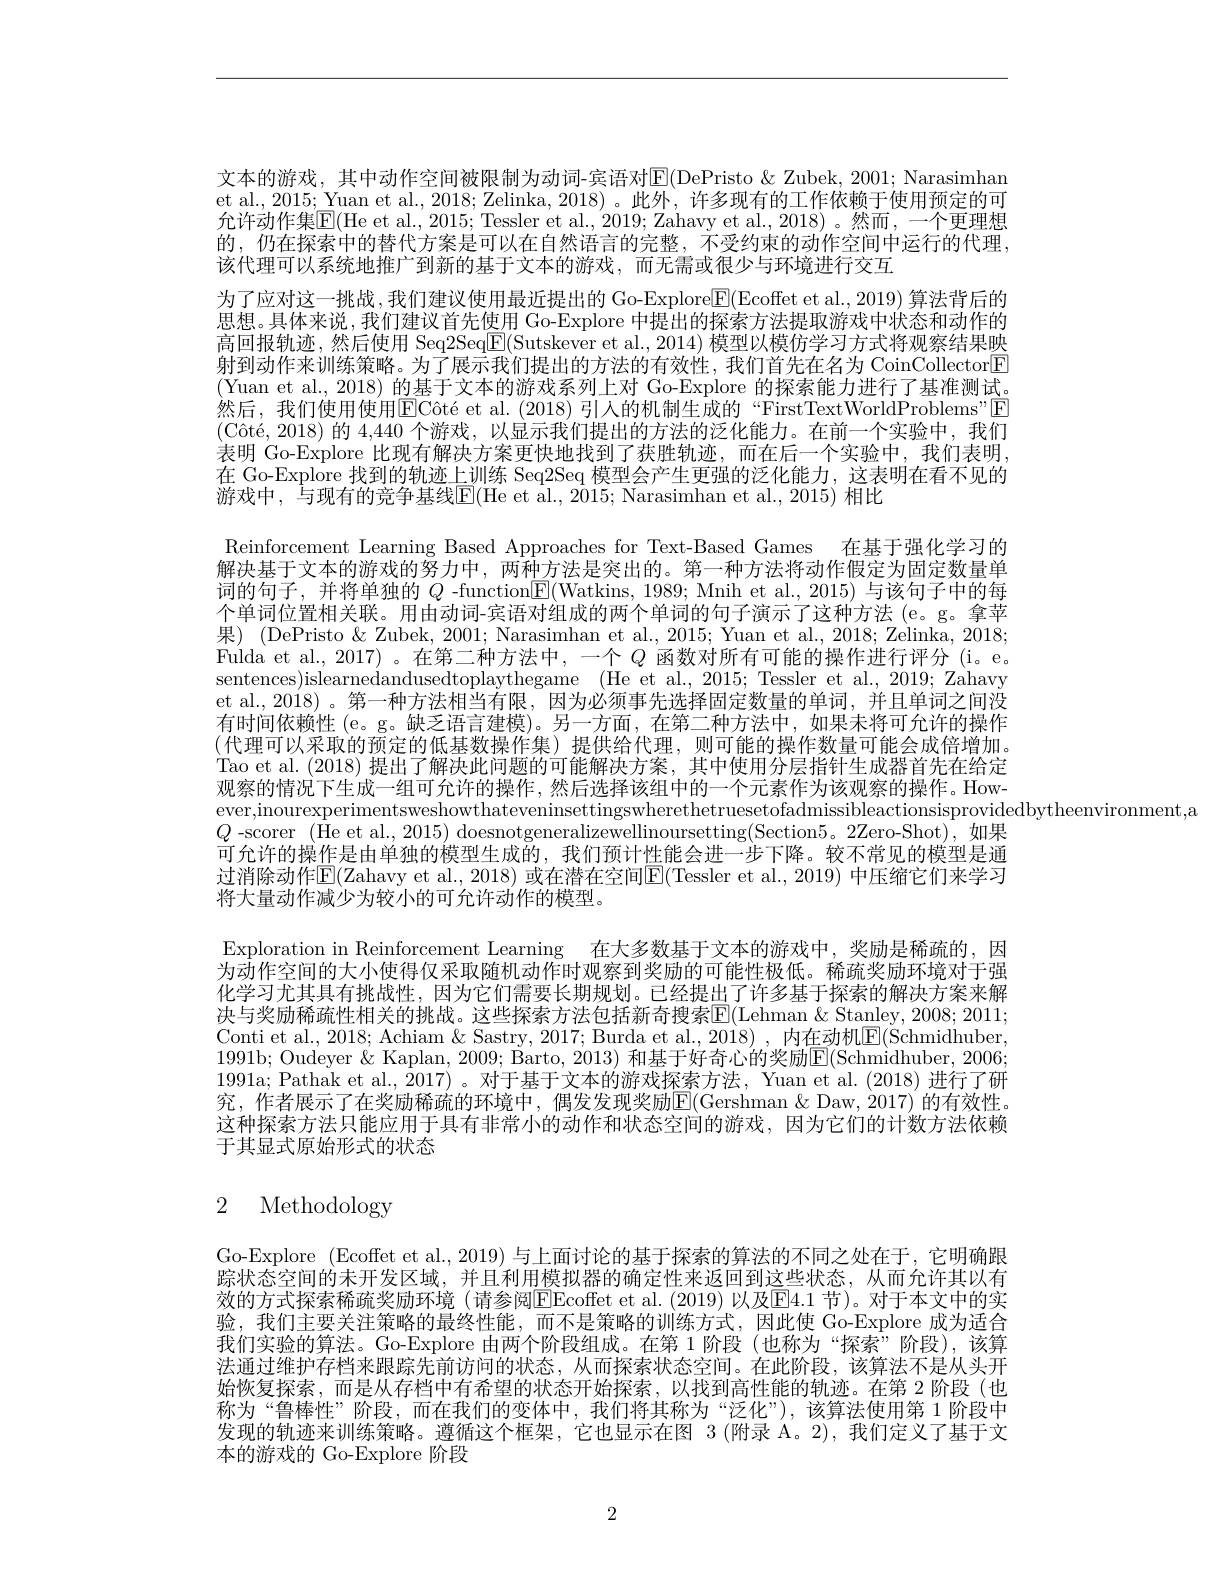
文本的游戏，其中动作空间被限制为动词-宾语对E(DePristo &Zubek, 2001; Narasimhan et al., 2015; Yuan et al., 2018; Zelinka, 2018) 。此外，许多现有的工作依赖于使用预定的可允许动作集$\overline{\mathbb{E}}($He et al., 2015; Tessler et al., 2019; Zahavy et al., 2018)。然而，一个更理想的，仍在探索中的替代方案是可以在自然语言的完整，不受约束的动作空间中运行的代理， 该代理可以系统地推广到新的基于文本的游戏，而无需或很少与环境进行交互
为了应对这一挑战，我们建议使用最近提出的 Go-Explore$\underline{\mathbb{E}}($Ecoffet et al., 2019) 算法背后的思想。具体来说，我们建议首先使用 Go-Explore 中提出的探索方法提取游戏中状态和动作的高回报轨迹，然后使用 Seq2Seq$\boxed{\mathrm{F}}($Sutskever et al., 2014) 模型以模仿学习方式将观察结果映射到动作来训练策略。为了展示我们提出的方法的有效性，我们首先在名为 CoinCollector[E] (Yuan et al., 2018) 的基于文本的游戏系列上对 Go-Explore 的探索能力进行了基准测试。然后，我们使用使用$\overline {\mathrm{E} }\text{C\^ {o}t\' {e}etal. ( 2018) 引 入 的 机 制 生 成 的 “ FirstTextWorldProblems" }\boxed{\mathrm{E} }$ $( \text{C\^ {o}t\' {e}, 2018) 的 4, 440 个 游 戏 , 以 显 示 我 们 提 出 的 方 法 的 泛 化 能 力 。在 前 一 个 实 验 中 , 我 们 }$ 表明 Go-Explore 比现有解决方案更快地找到了获胜轨迹，而在后一个实验中，我们表明， 在 Go-Explore 找到的轨迹上训练 Seq2Seq 模型会产生更强的泛化能力，这表明在看不见的游戏中，与现有的竞争基线$\overline{\mathrm{E}}($He et al.,2015; Narasimhan et al.,2015) 相比
Reinforcement Learning Based Approaches for Text-Based Games 在基于强化学习的解决基于文本的游戏的努力中，两种方法是突出的。第一种方法将动作假定为固定数量单词的句子，并将单独的$Q$ -function$\boxed{\mathrm{F}}($Watkins, 1989; Mnih et al., 2015) 与该句子中的每个单词位置相关联。用由动词-宾语对组成的两个单词的句子演示了这种方法 (e。g。拿苹果) (DePristo& $\&$ Zubek, 2001; Narasimhan et al., 2015; Yuan et al., 2018; Zelinka, 2018; Fulda et al., 2017) 。在第二种方法中，一个$Q$函数对所有可能的操作进行评分 (i。e。sentences)islearnedandusedtoplaythegame (He et al.,2015; Tessler et al., 2019; Zahavy et al., 2018)。第一种方法相当有限，因为必须事先选择固定数量的单词，并且单词之间没有时间依赖性 (e。g。缺乏语言建模)。另一方面，在第二种方法中，如果未将可允许的操作$(\underline{\text{代理可以采取的预定的低基数操作集)提供给代理，则可能的操作数量可能会成倍增加。}}$ Tao et al.(2018) 提出了解决此问题的可能解决方案，其中使用分层指针生成器首先在给定观察的情况下生成一组可允许的操作，然后选择该组中的一个元素作为该观察的操作。However,inourexperimentsweshowthateveninsettingswherethetruesetofadmissibleactionsisprovidedbytheenvironment,a
$Q$-scorer $(\text{\hat{\text{He et al.,2015) }doesnotgeneralizewellinoursetting}(\text{Section5。2Zero-Shot),如果}(\text{-scorer }(\text{He et al.,2015) doesnotgeneralizewellinoursetting}(\text{Section5。2Zero-Shot),如果}(\text{-scorer }(\text{A}(\text{He et al.,2015) doesnotgeneralizewellinoursetting}(\text{Se$ 可允许的操作是由单独的模型生成的，我们预计性能会进一步下降。较不常见的模型是通过消除动作$\operatorname{E}($Zahavy et al., 2018) 或在潜在空间$\operatorname{E}($Tessler et al., 2019) 中压缩它们来学习将大量动作减少为较小的可允许动作的模型。
Exploration in Reinforcement Learning 在大多数基于文本的游戏中，奖励是稀疏的，因为动作空间的大小使得仅采取随机动作时观察到奖励的可能性极低。稀疏奖励环境对于强化学习尤其具有挑战性，因为它们需要长期规划。已经提出了许多基于探索的解决方案来解决与奖励稀疏性相关的挑战。这些探索方法包括新奇搜索$\mathbb{E}($Lehman &Stanley, 2008; 2011; Conti et al., 2018; Achiam & Sastry, 2017; Burda et al., 2018) , 内在动机$\boxed{\mathrm{E}}($Schmidhuber, 1991b; Oudeyer & Kaplan, 2009; Barto, 2013) 和基于好奇心的奖励E(Schmidhuber, 2006; 1991a;Pathak et al.$\hat{2}017)$。对于基于文本的游戏探索方法，Yuan et al.(2018)进行了研究，作者展示了在奖励稀疏的环境中，偶发发现奖励$\overline{\mathrm{E}}($Gershman&Daw, 2017)的有效性。这种探索方法只能应用于具有非常小的动作和状态空间的游戏，因为它们的计数方法依赖于其显式原始形式的状态

# 2 Methodology

Go-Explore (Ecoffet et al., 2019) 与上面讨论的基于探索的算法的不同之处在于，它明确跟$\dot{\text{踪状态空间的未开发区域，并且利用模拟器的确定性来返回到这些状态，从而允许其以有}}$ 效的方式探索稀疏奖励环境 (请参阅$\overline{\mathrm{E}}$Ecoffet et al.(2019) 以及$\overline{\mathrm{E}}4.1$ 节)。对于本文中的实验，我们主要关注策略的最终性能，而不是策略的训练方式，因此使 Go-Explore 成为适合我们实验的算法。Go-Explore 由两个阶段组成。在第 1 阶段 (也称为“探索”阶段),该算法通过维护存档来跟踪先前访问的状态，从而探索状态空间。在此阶段，该算法不是从头开始恢复探索，而是从存档中有希望的状态开始探索，以找到高性能的轨迹。在第 2 阶段(也称为“鲁棒性”阶段，而在我们的变体中，我们将其称为“泛化”),该算法使用第 1阶段中发现的轨迹来训练策略。遵循这个框架，它也显示在图 3(附录 A。2),我们定义了基于文本的游戏的 Go-Explore 阶段

2